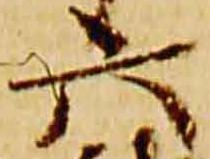
六